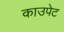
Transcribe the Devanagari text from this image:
काउपेट